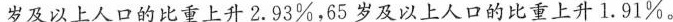
岁及以上人口的比重上升2.93%，65岁及以上人口的比重上升1.91%。